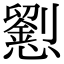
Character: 𢤐